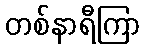
တစ်နာရီကြာ